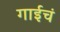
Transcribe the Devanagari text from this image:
गाईचं